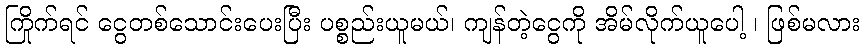
ကြိုက်ရင် ငွေတစ်သောင်းပေးပြီး ပစ္စည်းယူမယ်၊ ကျန်တဲ့ငွေကို အိမ်လိုက်ယူပေါ့ ၊ ဖြစ်မလား